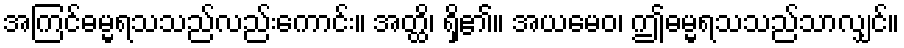
အကြင်ဓမ္မရသသည်လည်းကောင်း။ အတ္ထိ၊ ရှိ၏။ အယမေဝ၊ ဤဓမ္မရသသည်သာလျှင်။